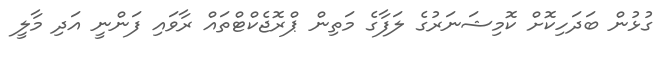
ގުޅުން ބަދަހިކޮށް ކޮމިޝަނަރުގެ ލަފާގެ މަތިން ޕްރޮޖެކްޓްތައް ރާވައި ފަންނީ އަދި މާލީ